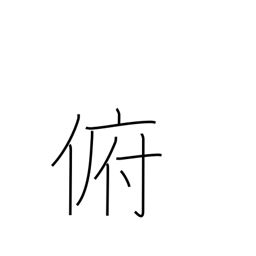
Meaning: bend down